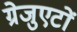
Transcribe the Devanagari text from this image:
ग्रेजुएटों